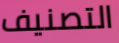
التصنيف